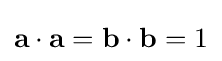
\mathbf {a} \cdot \mathbf {a} =\mathbf {b} \cdot \mathbf {b} =1